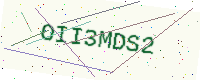
Text: OII3MDS2